Statistics compiled by the Government of India from the reports of provincial Civil Veterinary Departments
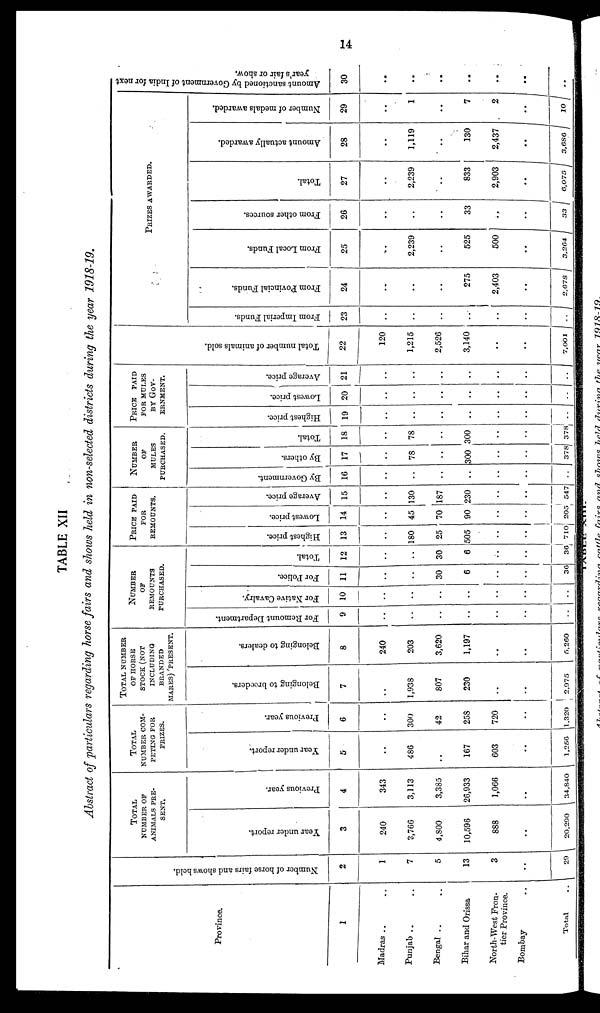
14
TABLE XII
Abstract of particulars regarding horse fairs and shows held in non-selected districts during the year 1918-19.
Province.
1
Madras .. ..
Punjab .. ..
Bengal .. ..
Bihar and Orissa
North-West Fron-
tier Province.
Bombay ..
Total ..
Number of hor se fai rs and shows hel d.
2
1
7
5
13
3
..
20
TOTAL
NUMBER OF
ANIMALS PRE-
SENT.
Year under report.
3
240
3,766
4,800
10,596
888
..
20,290
Previous year.
4
343
3,113
3,385
26,933
1,066
..
34,840
TOTAL
NUMBER COM-
PETING FOR
PRIZES.
Year under report.
5
..
486
..
167
603
..
1,256
Previous year.
6
..
300
42
258
720
..
1,320
TOTAL NUMBER
OF HORSE
STOCK (NOT
INCLUDING
BRANDED
MARES) PRESENT.
Belonging to breeders.
7
..
1,938
807
230
..
..
2,975
Belonging to dealers.
8
240
203
3,620
1,197
..
..
6,260
NUMBER
OF
REMOUNTS
PURCHASED.
For Remount Department.
9
..
..
..
..
..
..
..
For Native Cavalry.
10
..
..
..
..
..
..
..
For Police.
11
..
..
30
6
..
..
36
Total.
12
..
..
30
6
..
..
36
PRICE
FOR
REMOUNTS.
Highest price.
13
..
180
25
505
..
..
710
Lowest price.
14
..
45
70
90
..
..
205
Average price.
15
..
130
187
230
..
..
517
NUMBER
OF
MULES
PURCHASED.
By Government.
16
..
..
..
..
..
..
..
By others.
17
..
78
..
300
..
..
378
Total.
18
..
78
..
300
..
..
378
PRICE PAID
FOR MULES
B
GOV-
ERNMENT.
Highest price.
19
..
..
..
..
..
..
..
Lowest price.
20
..
..
..
..
..
..
..
Average price.
21
..
..
..
..
..
..
..
Total number of animals sold.
22
120
1,215
2,520
3,140
..
..
7,001
PRIZES AWARDED.
Fr om I mper i
al Funds .
23
..
..
..
..
..
..
..
Fr om Povi nci al Funds.
24
..
..
..
275
2,403
..
2,678
From Local Funds.
25
..
2,239
..
525
500
..
3,264
From other sources.
26
..
..
..
33
..
..
33
Total.
27
..
2,239
..
833
2,903
..
6,075
Amount actually awarded.
28
..
1,119
..
130
2,437
..
3,686
Number of medals awarded.
29
..
1
..
7
2
..
10
Amo u n t s a n c t i o n e d by Go v e r
n me n t of India for n
year's
fai r or show.
30
..
..
..
..
..
..
..